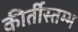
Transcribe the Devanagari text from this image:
कीर्तीस्तम्भ